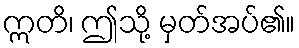
ဣတိ၊ ဤသို့ မှတ်အပ်၏။